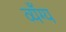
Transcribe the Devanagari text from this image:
व्यँग्य